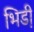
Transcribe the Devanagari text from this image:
भिडी़